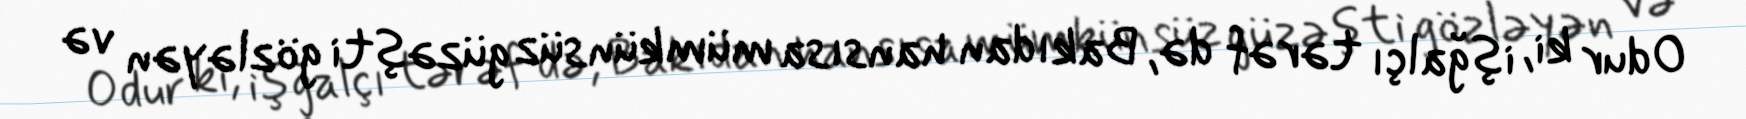
Odur ki, işğalçı tərəf də, Bakıdan hansısa mümkünsüz güzəşti gözləyən və